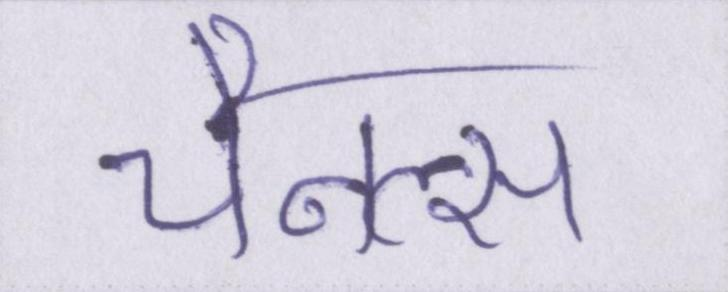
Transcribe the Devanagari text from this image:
चैनल्स